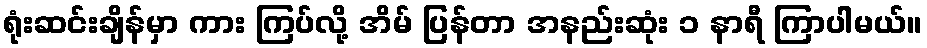
ရုံးဆင်းချိန်မှာ ကား ကြပ်လို့ အိမ် ပြန်တာ အနည်းဆုံး ၁ နာရီ ကြာပါမယ်။